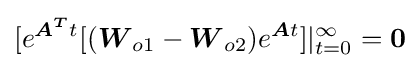
[e^{{\boldsymbol {A^{T}}}t}[({\boldsymbol {W}}_{o1}-{\boldsymbol {W}}_{o2})e^{{\boldsymbol {A}}t}]|_{t=0}^{\infty }={\boldsymbol {0}}